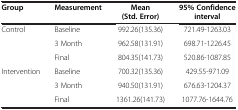
| Group | Measurement | Mean (Std. Error) | 95% Confidence interval |
 | --- | --- | --- | --- |
 | Control | Baseline | 992.26(135.36) | 721.49-1263.03 |
 |  | 3 Month | 962.58(131.91) | 698.71-1226.45 |
 |  | Final | 804.35(141.73) | 520.86-1087.85 |
 | Intervention | Baseline | 700.32(135.36) | 429.55-971.09 |
 |  | 3 Month | 940.50(131.91) | 676.63-1204.37 |
 |  | Final | 1361.26(141.73) | 1077.76-1644.76 |